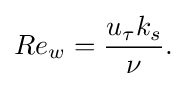
Re_{w}={\frac {u_{\tau }k_{s}}{\nu }}.\